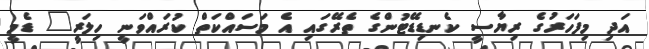
އަދި މިފަހަރުގެ ރިޔާސީ ކެނޑިޑޭޓުންގެ ތެރޭގައި އެ މަސައްކަތް ކުރައްވަނީ ހިލަރީ" ޑެމީ